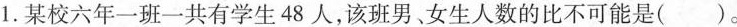
1.某校六年级一班一共有学生48人，该男、女生人数的比不可能是()。